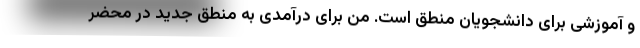
و آموزشی برای دانشجویان منطق است. من برای درآمدی به منطق جدید در محضر